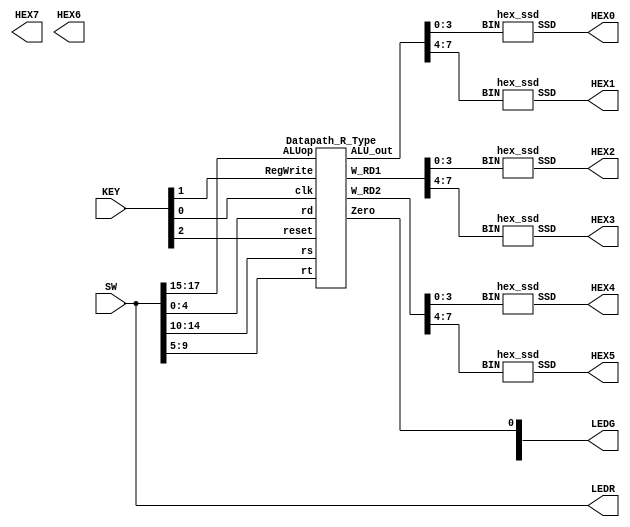
module lab5_task2_FPGA(SW,LEDR,LEDG,KEY,HEX7, HEX6, HEX5, HEX4, HEX3, HEX2, HEX1, HEX0);
	input [17:0] SW;
    input [3:0] KEY;
    output [0:6] HEX7, HEX6, HEX5, HEX4, HEX3, HEX2, HEX1, HEX0;
	output [17:0] LEDR;
	output [7:0] LEDG;
	wire [7:0] W_RD1,W_RD2,ALU_out;
	assign LEDR=SW;
	hex_ssd C1(ALU_out[3:0], HEX0);
	hex_ssd C2(ALU_out[7:4], HEX1);
	hex_ssd C3(W_RD1[3:0], HEX2);
	hex_ssd C4(W_RD1[7:4], HEX3);
	hex_ssd C5(W_RD2[3:0], HEX4);
	hex_ssd C6(W_RD2[7:4], HEX5);	
	Datapath_R_Type DUT(.clk(KEY[0]),.reset(KEY[2]),.RegWrite(KEY[1]), .rs(SW[14:10]),.rt(SW[9:5]),.rd(SW[4:0]),.ALUop(SW[17:15]),.Zero(LEDG[0]),.W_RD1(W_RD1),.W_RD2(W_RD2),.ALU_out(ALU_out));
//	Datapath_R_Type DUT(.clk(1/0),.reset(1/0),.RegWrite(1/0), .rs(17),.rt(18),.rd(16),.ALUop(000),.Zero(0),.W_RD1(h66),.W_RD2(h33),.ALU_out(h99));
endmodule



module Datapath_R_Type(clk,reset,RegWrite, rs, rt, rd,ALUop,Zero,W_RD1,W_RD2,ALU_out);
input clk,reset,RegWrite;
input [4:0] rs, rt, rd;
input [2:0] ALUop;
output Zero;
output [7:0] ALU_out;
output  [7:0] W_RD1,W_RD2;
Register_File C1(.clk(clk), .reset(reset),.RegWrite(RegWrite),
.write_data(ALU_out),.read_addr_1(rs), .read_addr_2(rt), .write_addr(rd), 
.read_data_1(W_RD1), .read_data_2(W_RD2));

alu C2(.alufn(ALUop),.ra(W_RD1),.rb_or_imm(W_RD2),.aluout(ALU_out),.zero(Zero));

endmodule

module Register_File (clk, reset,RegWrite,write_data,read_addr_1, read_addr_2, write_addr, read_data_1, read_data_2);
	input [4:0] read_addr_1, read_addr_2, write_addr;
	input [7:0] write_data;
	input clk, reset, RegWrite;
	output [7:0] read_data_1, read_data_2;

	reg [7:0] Regfile [31:0];
	integer k;
	assign read_data_1 = Regfile[read_addr_1];

	assign read_data_2 = Regfile[read_addr_2];

    always @(negedge clk or negedge reset) 
	  begin
		if (reset==1'b0)
		begin
			for (k=0; k<32; k=k+1) 
			begin
				Regfile[k] = k;
			end
			Regfile[17]=8'h66;
			Regfile[18]=8'h33;
			
			Regfile[10]=8'h55;
			Regfile[12]=8'h22;
			
			Regfile[2]=8'h09;
			Regfile[6]=8'h02;
			
			
		end
		else if (RegWrite == 1'b0) begin    
		         Regfile[write_addr] = write_data; 
			     $display("write data",Regfile[write_addr]);
		end
	 end
endmodule


module alu(
	input [2:0] alufn,
	input [7:0] ra,
	input [7:0] rb_or_imm,
	output reg [7:0] aluout,
	output reg zero);

parameter	ALU_OP_ADD	= 3'b000,
			ALU_OP_SUB	= 3'b001,
			ALU_OP_AND	= 3'b010,
			ALU_OP_OR		= 3'b011,
			ALU_OP_NOT_A	= 3'b100,
			ALU_OP_LW		= 3'b101,
			ALU_OP_SW		= 3'b110,
			ALU_OP_BEQ	= 3'b111;
always @(*) 
begin
		case(alufn)
			ALU_OP_ADD 	: aluout = ra + rb_or_imm;
			ALU_OP_SUB 	: aluout = ra - rb_or_imm;
			ALU_OP_AND 	: aluout = ra & rb_or_imm;
			ALU_OP_OR		: aluout = ra | rb_or_imm;
			ALU_OP_NOT_A	: aluout = ~ ra;
			ALU_OP_LW		: aluout = ra + rb_or_imm;
			ALU_OP_SW		: aluout = ra + rb_or_imm;
			ALU_OP_BEQ	: begin
						    zero = (ra==rb_or_imm)?1'b1:1'b0; 
						    aluout = ra - rb_or_imm;
						  end
		endcase
end

endmodule

module hex_ssd (BIN, SSD);
  input [3:0] BIN;
  output reg [0:6] SSD;

  always@(*) begin
    case(BIN)
      0:SSD=7'b0000001;
      1:SSD=7'b1001111;
      2:SSD=7'b0010010;
      3:SSD=7'b0000110;
      4:SSD=7'b1001100;
      5:SSD=7'b0100100;
      6:SSD=7'b0100000;
      7:SSD=7'b0001111;
      8:SSD=7'b0000000;
      9:SSD=7'b0001100;
      10:SSD=7'b0001000;
      11:SSD=7'b1100000;
      12:SSD=7'b0110001;
      13:SSD=7'b1000010;
      14:SSD=7'b0110000;
      15:SSD=7'b0111000;
    endcase
  end
endmodule